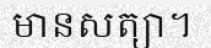
មានសត្យា។